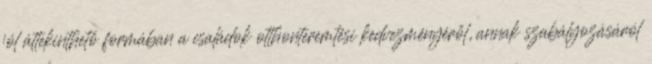
jól áttekinthető formában a családok otthonteremtési kedvezményéről, annak szabályozásáról